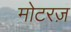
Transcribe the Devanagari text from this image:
मोटरज़